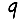
Digit: 9